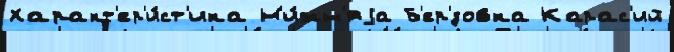
Характ'ер'и́ст'ика Н'и́жн'яjа Б'ер'́зовка Карас'ий